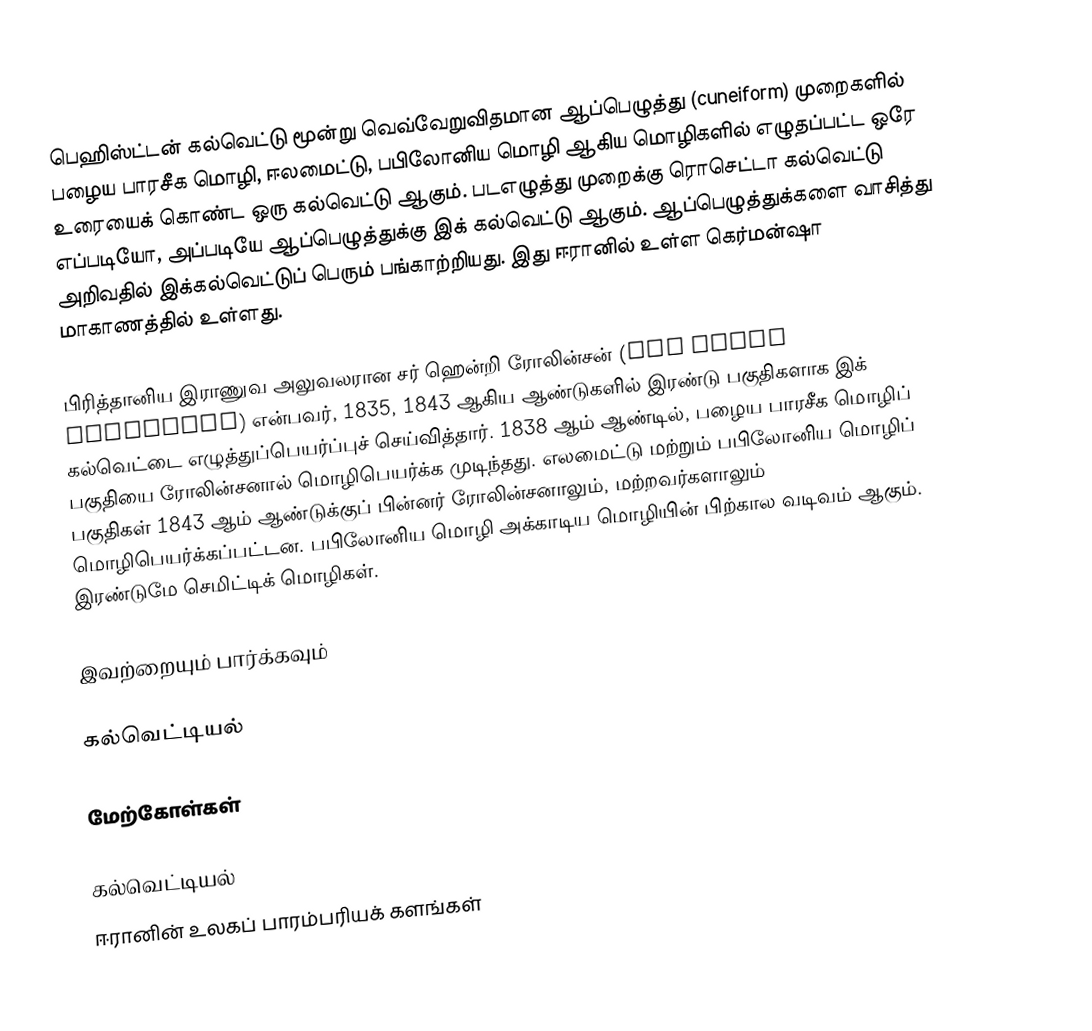
பெஹிஸ்ட்டன் கல்வெட்டு மூன்று வெவ்வேறுவிதமான ஆப்பெழுத்து (cuneiform) முறைகளில் பழைய பாரசீக மொழி, ஈலமைட்டு, பபிலோனிய மொழி ஆகிய மொழிகளில் எழுதப்பட்ட ஒரே உரையைக் கொண்ட ஒரு கல்வெட்டு ஆகும். படஎழுத்து முறைக்கு ரொசெட்டா கல்வெட்டு எப்படியோ, அப்படியே ஆப்பெழுத்துக்கு இக் கல்வெட்டு ஆகும். ஆப்பெழுத்துக்களை வாசித்து அறிவதில் இக்கல்வெட்டுப் பெரும் பங்காற்றியது. இது ஈரானில் உள்ள கெர்மன்ஷா மாகாணத்தில் உள்ளது.

பிரித்தானிய இராணுவ அலுவலரான சர் ஹென்றி ரோலின்சன் (Sir Henry Rawlinson) என்பவர், 1835, 1843 ஆகிய ஆண்டுகளில் இரண்டு பகுதிகளாக இக் கல்வெட்டை எழுத்துப்பெயர்ப்புச் செய்வித்தார். 1838 ஆம் ஆண்டில், பழைய பாரசீக மொழிப் பகுதியை ரோலின்சனால் மொழிபெயர்க்க முடிந்தது. எலமைட்டு மற்றும் பபிலோனிய மொழிப் பகுதிகள் 1843 ஆம் ஆண்டுக்குப் பின்னர் ரோலின்சனாலும், மற்றவர்களாலும் மொழிபெயர்க்கப்பட்டன. பபிலோனிய மொழி அக்காடிய மொழியின் பிற்கால வடிவம் ஆகும். இரண்டுமே செமிட்டிக் மொழிகள்.

இவற்றையும் பார்க்கவும்

 கல்வெட்டியல்

மேற்கோள்கள்

கல்வெட்டியல்
ஈரானின் உலகப் பாரம்பரியக் களங்கள்